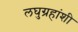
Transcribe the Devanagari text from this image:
लघुग्रहांशी